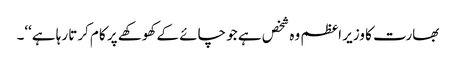
بھارت کا وزیر اعظم وہ شخص ہے جو چائے کے کھوکھے پر کام کرتا رہا ہے‘‘۔